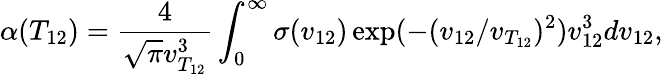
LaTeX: \alpha(T_{12})=\frac{4}{\sqrt{\pi}v_{T_{12}}^{3}}\int_{0}^{\infty}\sigma(v_{12})\exp(-(v_{12}/v_{T_{12}})^{2})v_{12}^{3}dv_{12},